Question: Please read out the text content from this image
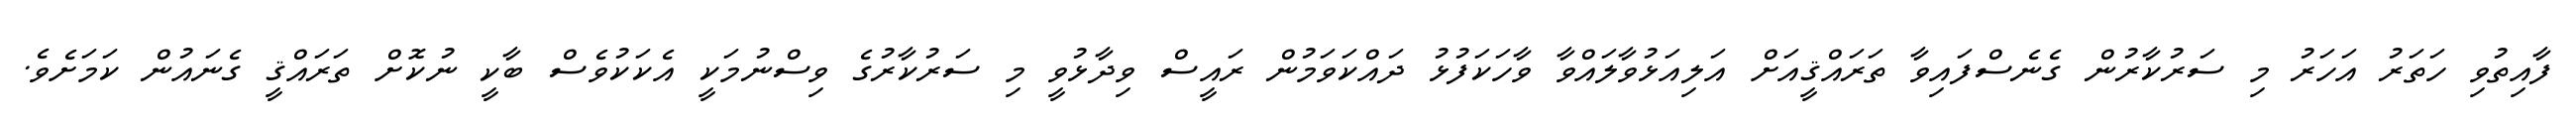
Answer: ފާއިތުވި ހަތަރު އަހަރު މި ސަރުކާރުން ގެނެސްފައިވާ ތަރައްޤީއަށް އަލިއަޅުވާލައްވާ ވާހަކަފުޅު ދައްކަވަމުން ރައީސް ވިދާޅުވީ މި ސަރުކާރުގެ ވިސްނުމަކީ އެކަކުވެސް ބާކީ ނުކޮށް ތަރައްޤީ ގެނައުން ކަމަށެވެ.